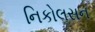
નિકોલસન